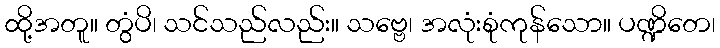
ထို့အတူ။ တွံပိ၊ သင်သည်လည်း။ သဗ္ဗေ၊ အလုံးစုံကုန်သော။ ပဏ္ဍိတေ၊